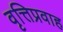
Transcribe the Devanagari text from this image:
वृत्तिप्रवाह